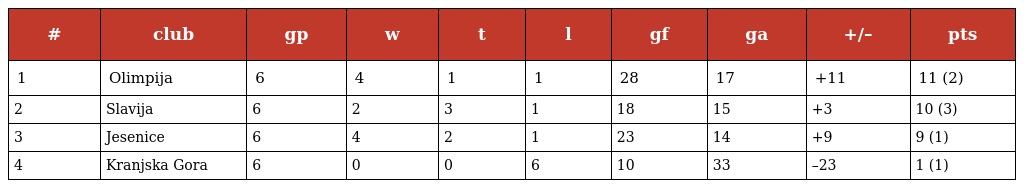
| # | club | gp | w | t | l | gf | ga | +/– | pts |
 | --- | --- | --- | --- | --- | --- | --- | --- | --- | --- |
 | 1 | Olimpija | 6 | 4 | 1 | 1 | 28 | 17 | +11 | 11 (2) |
 | 2 | Slavija | 6 | 2 | 3 | 1 | 18 | 15 | +3 | 10 (3) |
 | 3 | Jesenice | 6 | 4 | 2 | 1 | 23 | 14 | +9 | 9 (1) |
 | 4 | Kranjska Gora | 6 | 0 | 0 | 6 | 10 | 33 | –23 | 1 (1) |